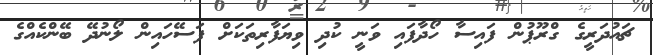
ޗައުދަރީގެ ގްރޫޕުން ފައިސާ ހޯދާފައި ވަނީ ކުދި ވިޔަފާރިތަކަށް ފަސޭހައިން ލޯނުދޭ ބޭންކެއްގެ